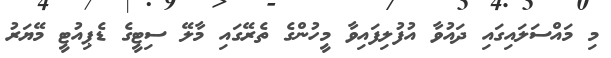
މި މައްސަލައިގައި ދައުވާ އުފުލިފައިވާ މީހުންގެ ތެރޭގައި މާލޭ ސިޓީގެ ޑެޕިއުޓީ މޭޔަރު